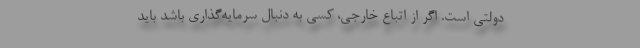
دولتی است. اگر از اتباع خارجی، کسی به دنبال سرمایه‌گذاری باشد باید